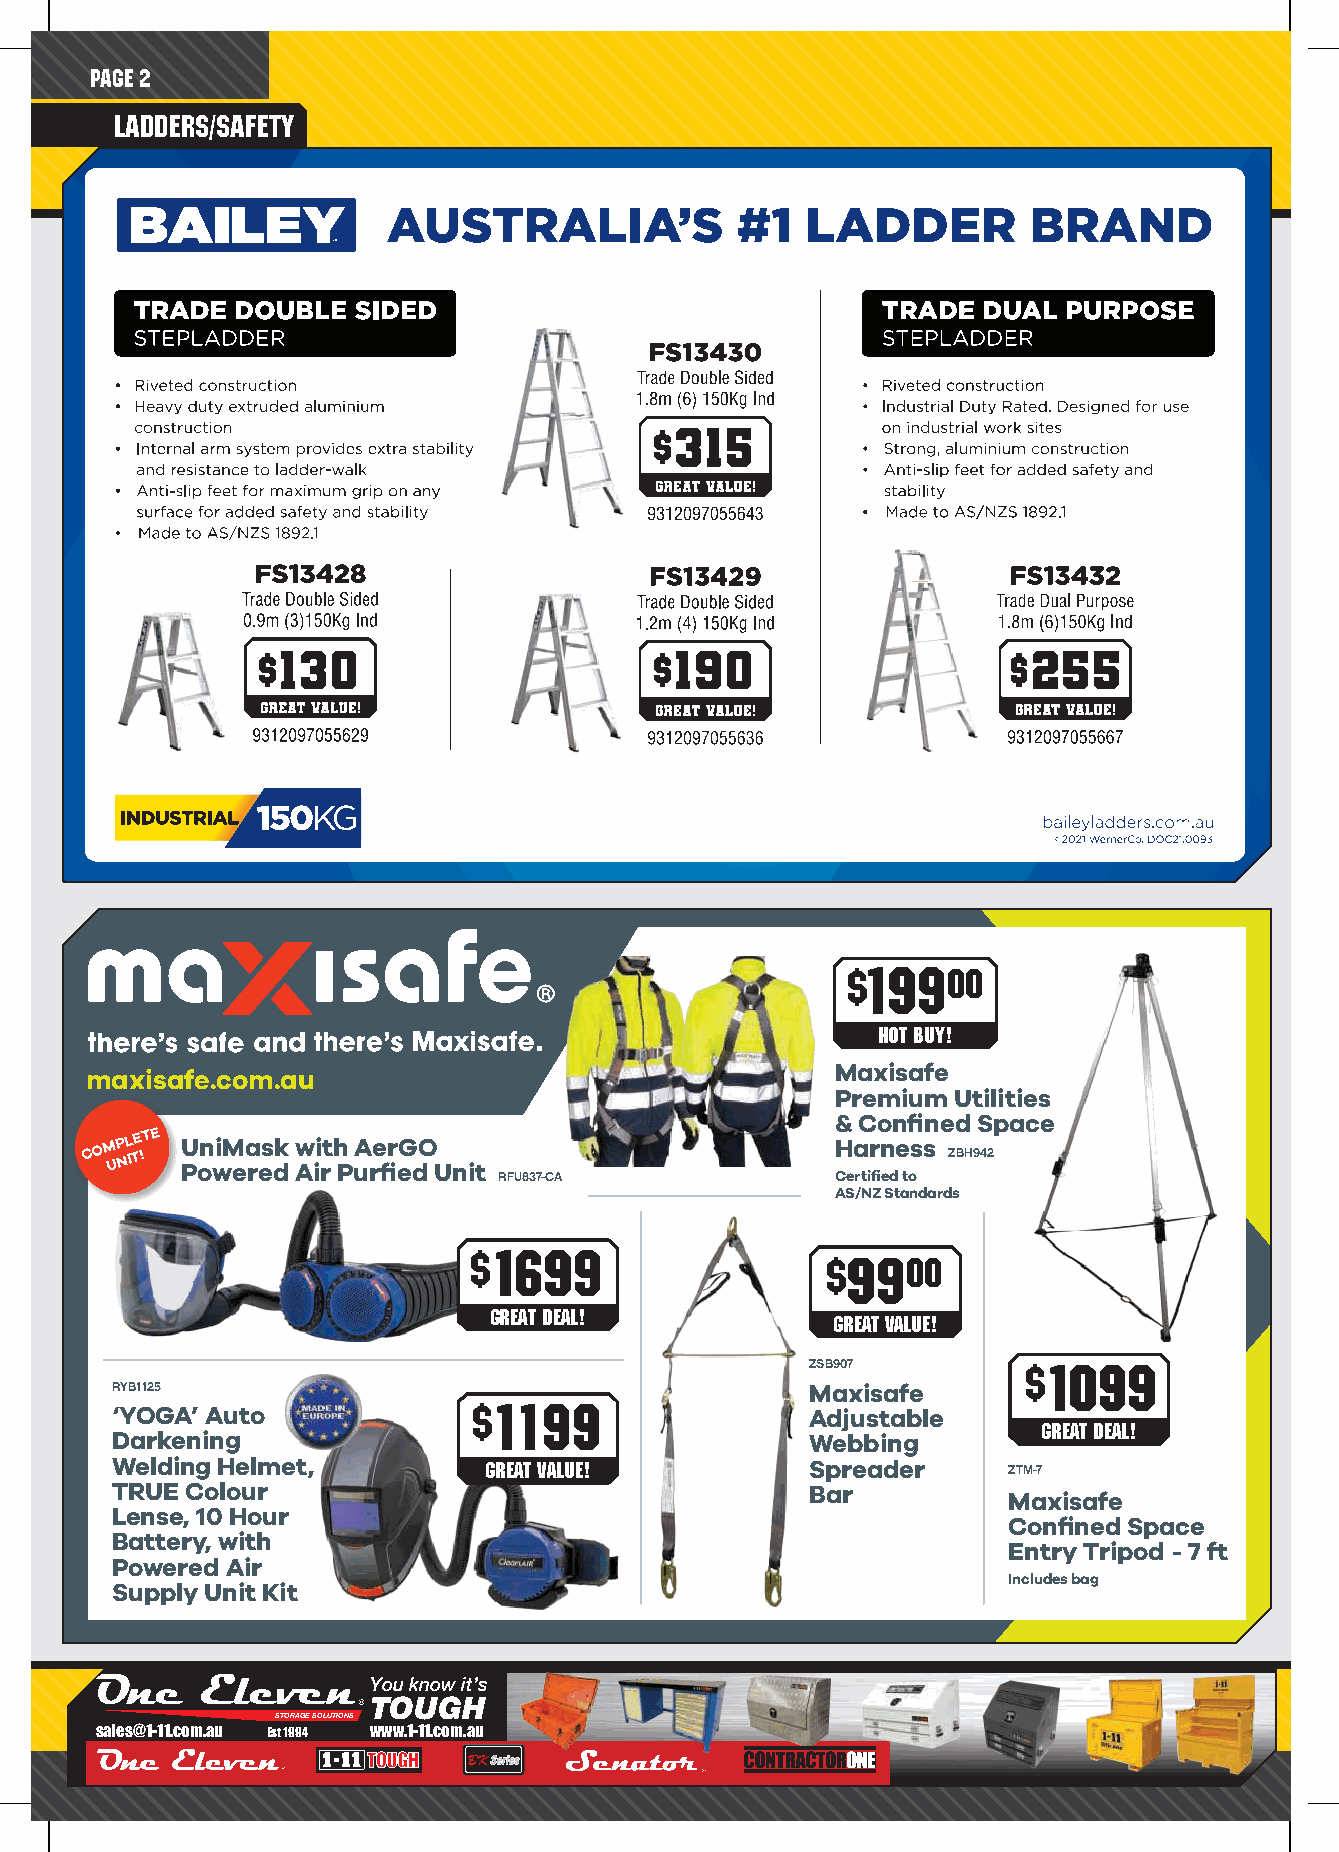
PAGE 2
 ladders/Safety
 $19900
 HOT BUY!
 Maxisafe
 maxisafe.com.au
 Premium Utilities
 & Confined Space
 COM UP NL ITE !TE U Pon wiM ea res dk Aw ii rt h
 P
 uA re fir eG dO
 U nit
 Harness
 ZBH942
 RFU837-CA             Certified to
 AS/NZ Standards
 $1699
 $9900
 GREAT DEAL!
 GREAT VALUE!
 ZSB907
 $1099
 RYB1125                                        Maxisafe
 ‘YOGA’ Auto             $1199                  Adjustable
 Darkening                                      Webbing        GREAT DEAL!
 Welding Helmet,          GREAT VALUE!          Spreader     ZTM-7
 TRUE Colour                                    Bar
 Maxisafe
 Lense, 10 Hour
 Confined Space
 Battery, with
 Entry Tripod - 7 ft
 Powered Air
 Includes bag
 Supply Unit Kit
 You know it’s
 TOUGH
 STORAGE SOLUTIONS
 sales@1-11.com.au Est 1994 www.1-11.com.au
 120 x 60mm
 STORAGE SOLUTIONS